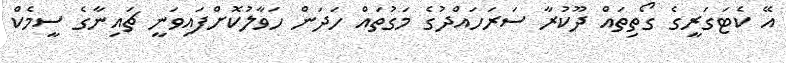
އޭ ކެޓަގަރީގެ ގޯތިތައް ދޫކުރާ ސަރަހައްދުގެ މަގުތައް ހަދަން ހަވާލުކޮށްފައިވަނީ ޗައިނާގެ ސީމެކް